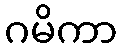
ဂမိကာ